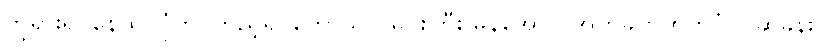
ဘုရားရှင်နေထိုင်ပုံကို ကြည့်၍ ကောသလမင်းကြီး မှန်အောင် အကဲခတ်တတ်ပုံ ပြဆိုခန်း။